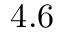
4 . 6